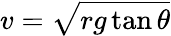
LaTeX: v={\sqrt{rg\tan\theta}}